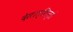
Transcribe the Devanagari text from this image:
देसात्तिन्ते